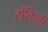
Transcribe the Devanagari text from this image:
टोंकिनी